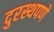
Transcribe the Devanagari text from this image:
दुरस्थपणे